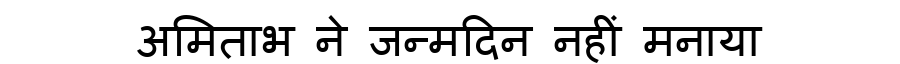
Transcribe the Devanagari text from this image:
अमिताभ ने जन्मदिन नहीं मनाया